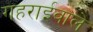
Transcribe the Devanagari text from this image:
गहराईवाले